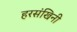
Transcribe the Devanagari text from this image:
हरसंखिनी